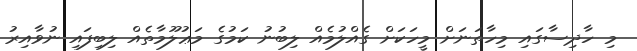
މި ހާދިސާގައި މިހާތަނަށް މީހަކަށް ގެއްލުމެއް ލިބުނު ކަމުގެ މަޢުލޫމާތެއް ލިބިފައި ނުވާއިރު